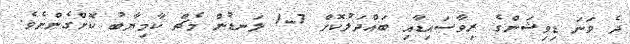
ދެ ވަނަ ޑިވިޝަންގެ ރިވާސައިޑާއި ބައްދަލުކޮށް 7-1 ލަނޑުން މެޗް ކާމިޔާބު ކޮށްގެންނެވެ.